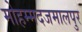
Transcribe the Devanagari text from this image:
मोहम्मदजमालपुर